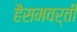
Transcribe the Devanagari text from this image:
हैसमवर्ती